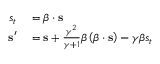
\begin{array} { r l } { s _ { t } } & { { } = { \boldsymbol { \beta } } \cdot \mathbf { s } } \\ { \mathbf { s } ^ { \prime } } & { { } = \mathbf { s } + { \frac { \gamma ^ { 2 } } { \gamma + 1 } } { \boldsymbol { \beta } } \left( { \boldsymbol { \beta } } \cdot \mathbf { s } \right) - \gamma { \boldsymbol { \beta } } s _ { t } } \end{array}